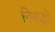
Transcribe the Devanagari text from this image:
निबद्धो